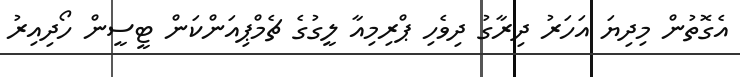
އެގޮތުން މިދިޔަ އަހަރު ދިރާގު ދިވެހި ޕްރިމިއާ ލީގުގެ ޗެމްޕިއަންކަން ޓީސީން ހޯދިއިރު